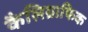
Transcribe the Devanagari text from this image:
कैलिग्राफिक